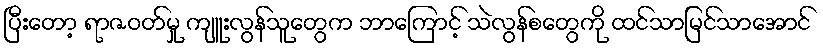
ပြီးတော့ ရာဇဝတ်မှု ကျူးလွန်သူတွေက ဘာကြောင့် သဲလွန်စတွေကို ထင်သာမြင်သာအောင်